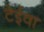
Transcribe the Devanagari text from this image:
टेईवा